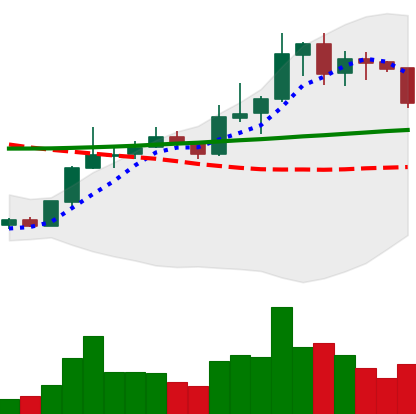
Ticker: LINK-USD
Chart end date: 2020-01-23
Forward return: 7.848%
Label: up_7plus